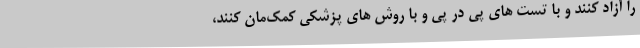
را آزاد کنند و با تست های پی در پی و با روش های پزشکی کمک‌مان کنند،